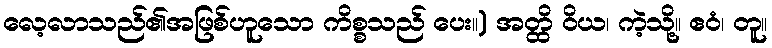
လေ့လာသည်၏အဖြစ်ဟူသော ကိစ္စသည် ပေး။) အတ္ထိ ဝိယ၊ ကဲ့သို့။ ဧဝံ၊ တူ။